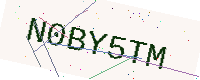
Text: N0BY5TM